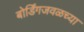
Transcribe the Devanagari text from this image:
बोर्डिंगजवळच्या